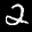
Label: 2